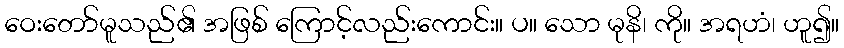
ဝေးတော်မူသည်၏ အဖြစ် ကြောင့်လည်းကောင်း။ ပ။ သော မုနိ၊ ကို။ အရဟံ၊ ဟူ၍။